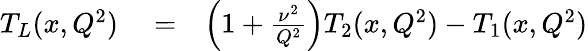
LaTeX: \begin{array}{rlr}{T_{L}(x,Q^{2})}&{{}=}&{\left(1+\frac{\nu^{2}}{Q^{2}}\right)T_{2}(x,Q^{2})-T_{1}(x,Q^{2})}\end{array}